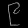
Digit: ၉